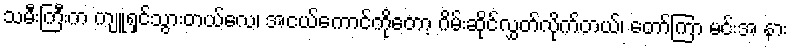
သမီးကြီးက ကျူရှင်သွားတယ်လေ၊ အငယ်ကောင်ကိုတော့ ဂိမ်းဆိုင်လွှတ်လိုက်တယ်၊ တော်ကြာ မင်းအ နား